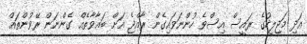
އަދި މަޖިލީހުގެ ރައީސް އިސްވެ ހުންނަވައިގެން ރާއްޖެ އަށް ބަޣާވާތެއް ގެންނަން ރޭވުންތައް